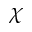
\chi